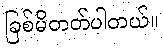
ခြစ်မိတတ်ပါတယ်။